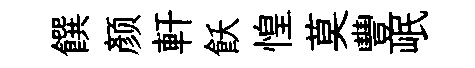
饌颜軒飫惶莫豐岷